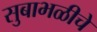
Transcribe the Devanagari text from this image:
सुबाभळीचे